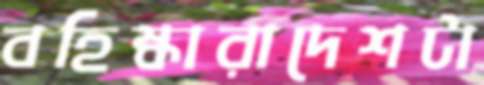
বহিষ্কারাদেশটা